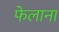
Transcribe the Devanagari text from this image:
फेलाना